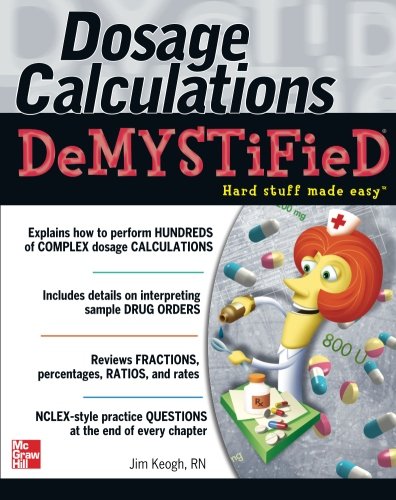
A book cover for Dosage Calculations Demystified; Jim Keogh; Medical Books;